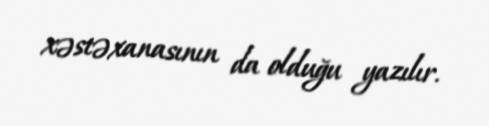
xəstəxanasının da olduğu yazılır.